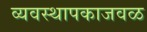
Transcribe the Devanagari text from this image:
व्यवस्थापकाजवळ